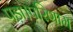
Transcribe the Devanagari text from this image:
पड़ा।परिणाम